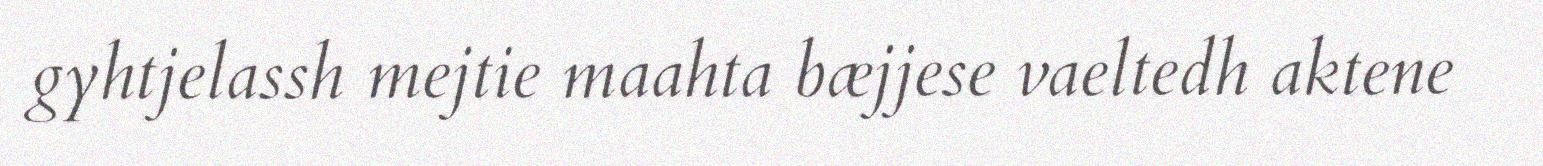
gyhtjelassh mejtie maahta bæjjese vaeltedh aktene